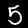
Digit: 5